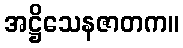
အဋ္ဌိသေနဇာတက။